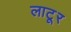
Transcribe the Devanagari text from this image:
लाटूर